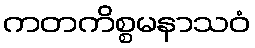
ကတကိစ္စမနာသဝံ